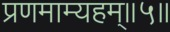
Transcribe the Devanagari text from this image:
प्रणमाम्यहम्॥५॥